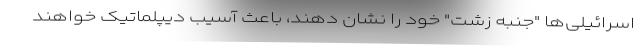
اسرائیلی‌ها "جنبه زشت" خود را نشان دهند، باعث آسیب دیپلماتیک خواهند